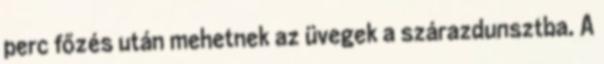
perc főzés után mehetnek az üvegek a szárazdunsztba. A